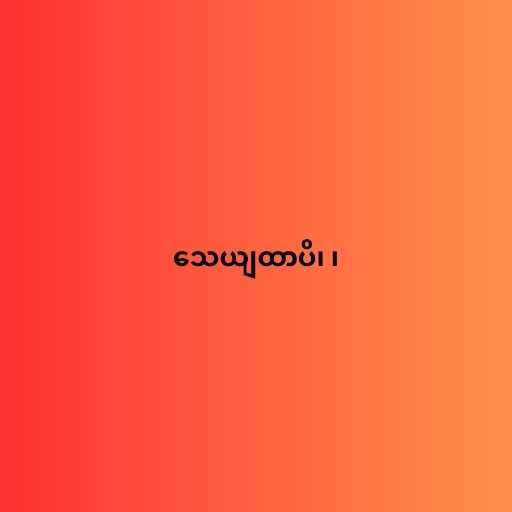
သေယျထာပိ၊ ၊